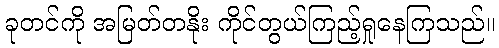
ခုတင်ကို အမြတ်တနိုး ကိုင်တွယ်ကြည့်ရှုနေကြသည်။